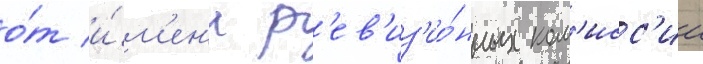
о́т и́м'ен'и р'ев'из'ио́нных ком'исс'ии